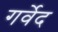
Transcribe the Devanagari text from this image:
गर्वेद